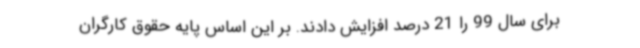
برای سال 99 را 21 درصد افزایش دادند. بر این اساس پایه حقوق کارگران